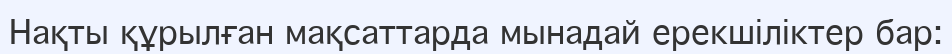
Нақты құрылған мақсаттарда мынадай ерекшіліктер бар: